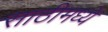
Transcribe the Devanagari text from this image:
साठीमध्ये